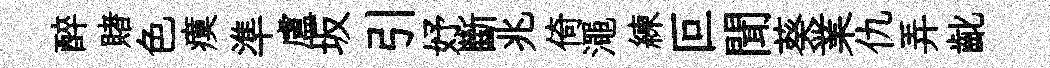
醉賭色瘼準盧坂引妤斷兆倚澠練叵聞葵業仇弄齔